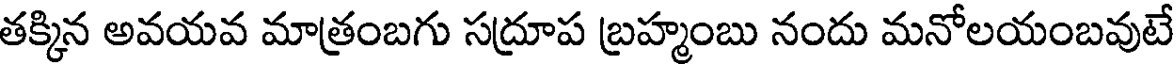
తక్కిన అవయవ మాత్రంబగు సద్రూప బ్రహ్మంబు నందు మనోలయంబవుటే